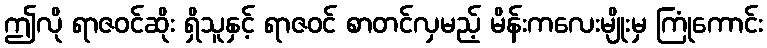
ဤလို ရာဇဝင်ဆိုး ရှိသူနှင့် ရာဇဝင် စာတင်လှမည့် မိန်းကလေးမျိုးမှ ကြုံကောင်း